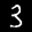
Label: 3